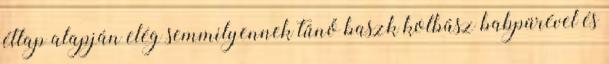
étlap alapján elég semmilyennek tűnő baszk kolbász babpürével és